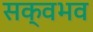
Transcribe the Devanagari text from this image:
सक्वभव